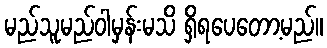
မည်သူမည်ဝါမှန်းမသိ ရှိရပေတော့မည်။